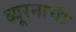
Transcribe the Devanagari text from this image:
ब्यूरनाची